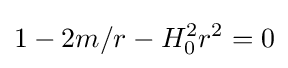
1-2m/r-H_{0}^{2}r^{2}=0